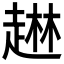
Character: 𰷹